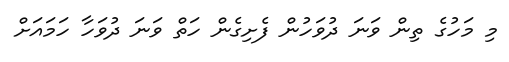
މި މަހުގެ ތިން ވަނަ ދުވަހުން ފެށިގެން ހަތް ވަނަ ދުވަހާ ހަމައަށް